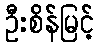
ဦးစိန်မြင့်